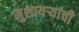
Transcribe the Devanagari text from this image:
मुशायर्‍यांची